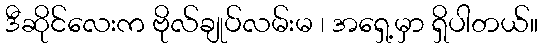
ဒီဆိုင်လေးက ဗိုလ်ချုပ်လမ်းမ ၊ အရှေ့မှာ ရှိပါတယ်။